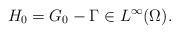
LaTeX: \begin{align*} H_0=G_0-\Gamma \in L^\infty (\Omega). \end{align*}